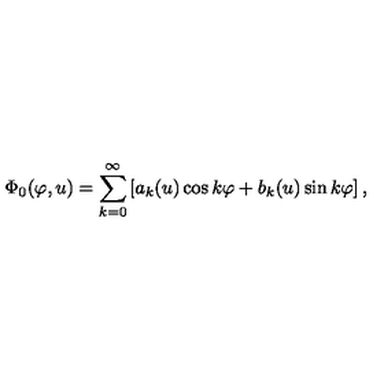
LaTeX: \Phi _ { 0 } ( \varphi , u ) = \sum _ { k = 0 } ^ { \infty } \left[ a _ { k } ( u ) \cos k \varphi + b _ { k } ( u ) \sin k \varphi \right] ,